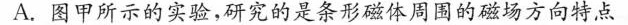
A.图甲所示的实验，研究的是条形磁体周围的磁场方向特点